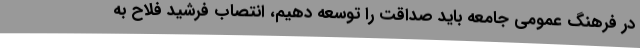
در فرهنگ عمومی جامعه باید صداقت را توسعه دهیم، انتصاب فرشید فلاح به